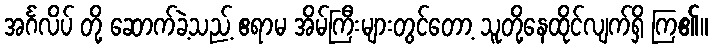
အင်္ဂလိပ် တို့ ဆောက်ခဲ့သည့် ဧရာမ အိမ်ကြီးများတွင်တော့ သူတို့နေထိုင်လျက်ရှိ ကြ၏။